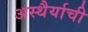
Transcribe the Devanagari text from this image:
अस्थैर्याची